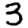
Digit: 3